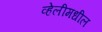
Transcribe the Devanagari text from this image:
व्हेलीमधील